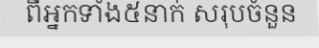
ពីអ្នកទាំង៥នាក់ សរុបចំនួន